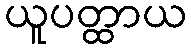
ယူပတ္ထာယ